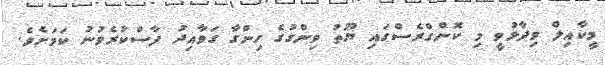
މީކާއިލް ވިދާޅުވީ މި ކޮންގްރެސްގައި ޔޫތު ވިންގުގެ ހިންގާ ގަވާއިދު ފާސްކުރެވުނު ކަމަށެވެ.